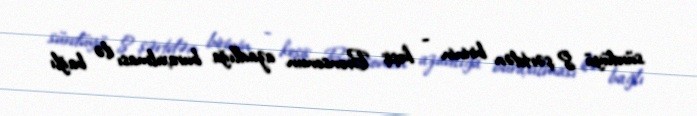
sürdüyü 8 şərtdən birinin - keşiş Bronsonun azadlığa buraxılması ilə bağlı